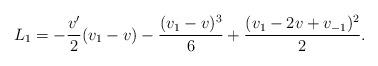
LaTeX: \begin{align*}L_1=-\frac{v'}{2}(v_1-v)-\frac{(v_1-v)^3}{6}+\frac{(v_1-2v+v_{-1})^2}{2}.\end{align*}